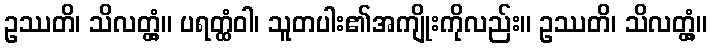
ဥဿတိ၊ သိလတ္တံ့။ ပရတ္ထံဝါ၊ သူတပါး၏အကျိုးကိုလည်း။ ဥဿတိ၊ သိလတ္တံ့။